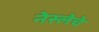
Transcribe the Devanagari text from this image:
नेस्लेचे